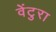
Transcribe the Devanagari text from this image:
वेंटुरा